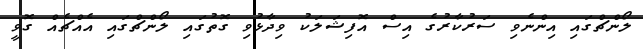
ލޯންޗްގައި އިންނެވި ސަރުކާރުގެ އިސް އޮފިޝަލަކު ވިދާޅުވި ގޮތުގައި ލޯންޗްގައި އެއްޗެއް ގޮވީ